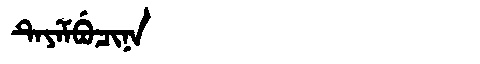
Manchu: ᡨᡝᠶᡝᠮᠪᡠᠴᡳᠨᠠ
Romanization: TEYEMBUCINA